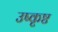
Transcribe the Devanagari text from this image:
उष्कृष्ट